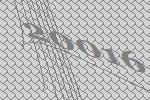
20016